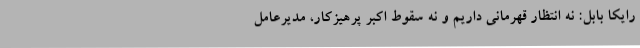
رایکا بابل: نه انتظار قهرمانی داریم و نه سقوط اکبر پرهیزکار، مدیرعامل